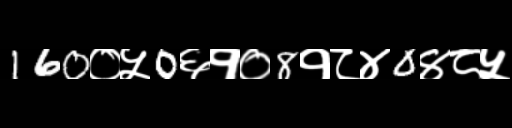
Text: 160०५0६१०8१८४0४८५